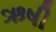
ઋષી